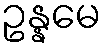
ဥန္နမေ